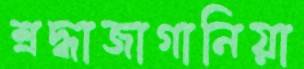
শ্রদ্ধাজাগানিয়া